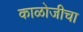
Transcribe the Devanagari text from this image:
काळोजीचा